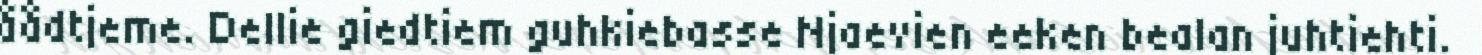
åådtjeme. Dellie giedtiem guhkiebasse Njaevien eeken bealan juhtiehti.